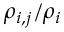
\rho _ { i , j } / \rho _ { i }